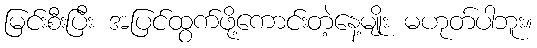
မြင်းစီးပြီး အပြင်ထွက်ဖို့ကောင်းတဲ့နေ့မျိုး မဟုတ်ပါဘူး။